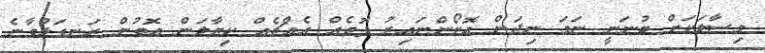
މިސާލަކަށް ބުނަނީ ނަމަ ނިދަން އޮށޯންނައިރު ފޮތެއް އެއްޗެއް ކިޔާލަން އޮތުން ރަނގަޅުވާނެ